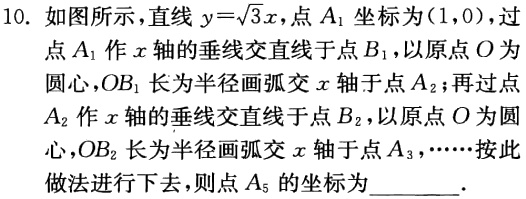
10. 如图所示，直线\(y = \sqrt{3}x\)，点\(A_1\)坐标为\((1,0)\)，过点\(A_1\)作\(x\)轴的垂线交直线于点\(B_1\)，以原点\(O\)为圆心，\(OB_1\)长为半径画弧交\(x\)轴于点\(A_2\)；再过点\(A_2\)作\(x\)轴的垂线交直线于点\(B_2\)，以原点\(O\)为圆心，\(OB_2\)长为半径画弧交\(x\)轴于点\(A_3\)，……按此做法进行下去，则点\(A_5\)的坐标为________．